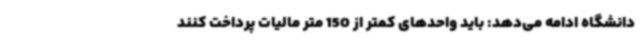
دانشگاه ادامه می‌دهد: باید واحدهای کمتر از 150 متر مالیات پرداخت کنند